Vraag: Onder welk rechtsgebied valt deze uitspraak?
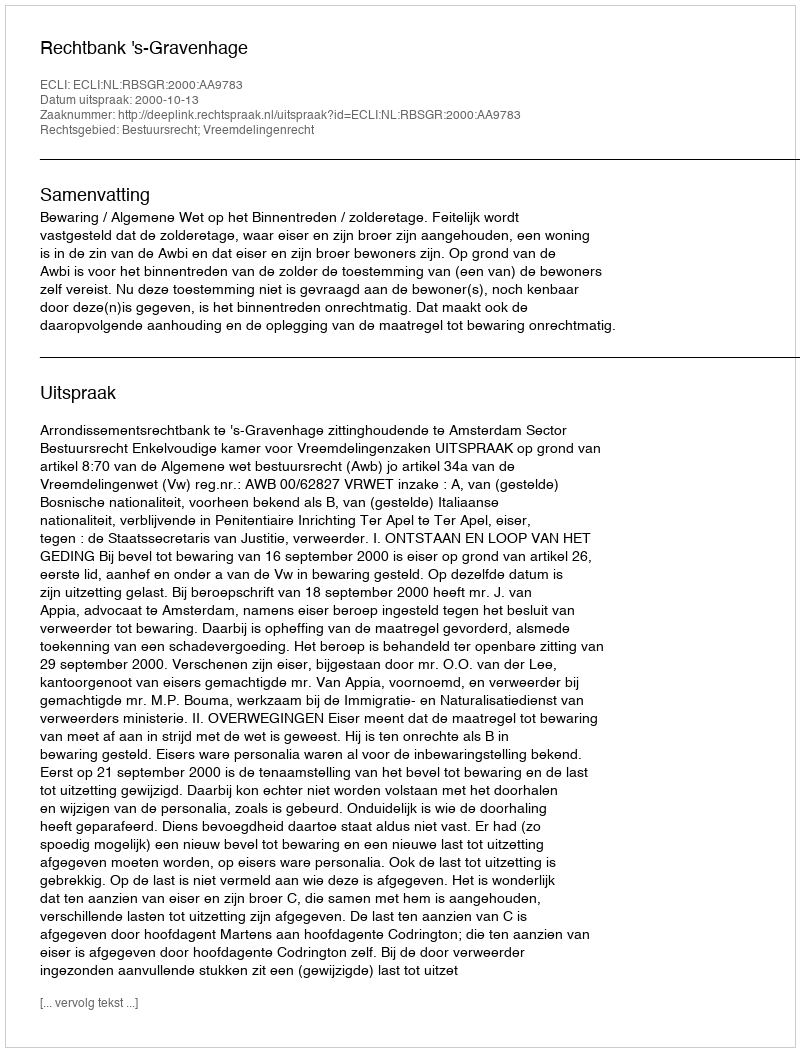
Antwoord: Bestuursrecht; Vreemdelingenrecht